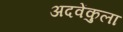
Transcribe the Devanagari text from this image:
अदवेंकुला